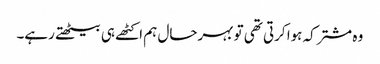
وہ مشترکہ ہوا کرتی تھی تو بہرحال ہم اکٹھے ہی بیٹھتے رہے۔